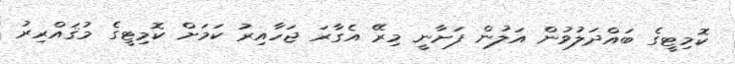
ކޮމިޓީގެ ބައްދަލުވުން އަލުން ފަށާނީ މިރޭ އެގާރަ ޖަހާއިރު ކަމަށް ކޮމިޓީގެ މުޤައްރިރު